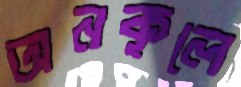
অনকূলে